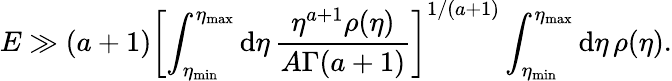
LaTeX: E\gg(a+1)\left[\int_{\eta_{\mathrm{min}}}^{\eta_{\mathrm{max}}}\mathrm{d}\eta\, \frac{\eta^{a+1}\rho(\eta)}{A\Gamma(a+1)}\right]^{1/(a+1)}\int_{\eta_{\mathrm{min}}}^{\eta_{\mathrm{max}}}\mathrm{d}\eta\, \rho(\eta).